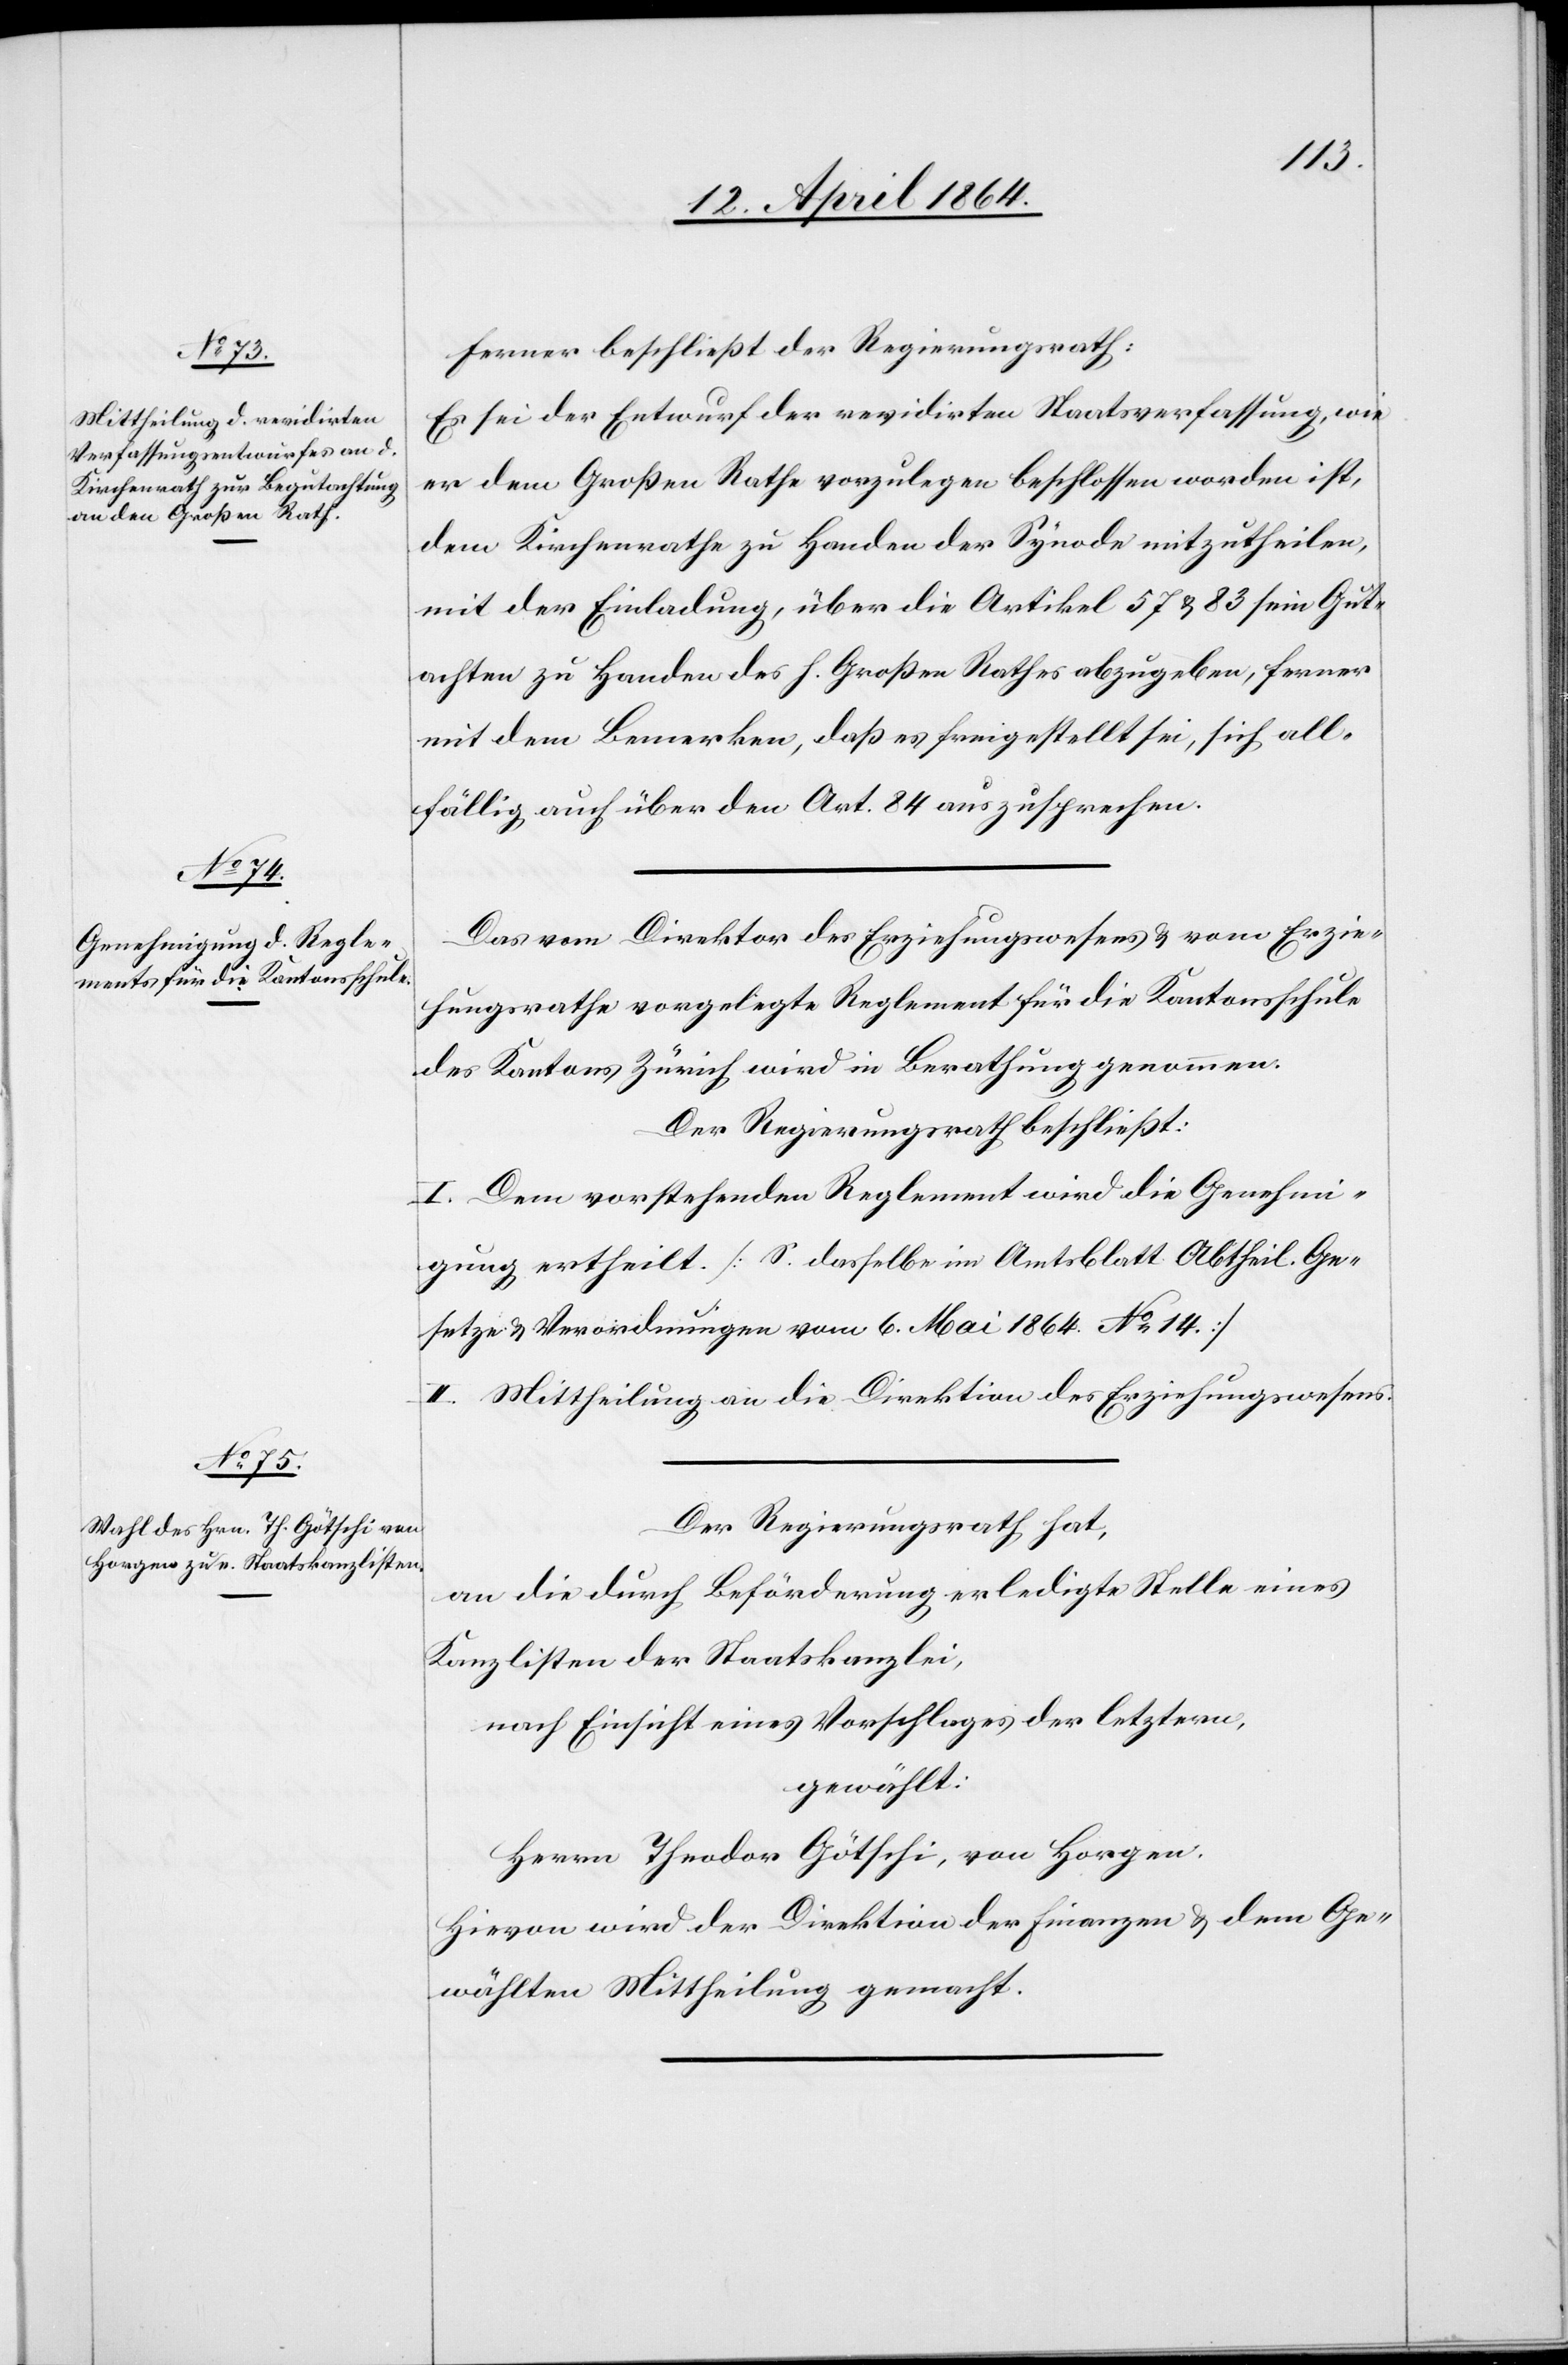
Ferner beschließt der Regierungsrath:
Es sei der Entwurf der revidirten Staatsverfassung, wie
er dem Großen Rathe vorzulegen beschlossen worden ist,
dem Kirchenrathe zu Handen der Synode mitzutheilen,
mit der Einladung, über die Artikel 57 u. 83 sein Gut¬
achten zu Handen des h. Großen Rathes abzugeben, ferner
mit dem Bemerken, daß es freigestellt sei, sich all¬
fällig auch über den Art. 84 auszusprechen.
Das vom Direktor des Erziehungswesens u. vom Erzie¬
hungsrathe vorgelegte Reglement für die Kantonsschule
des Kantons Zürich wird in Berathung genommen.
Der Regierungsrath beschließt:
I. Dem vorstehenden Reglement wird die Genehmi¬
gung ertheilt. [S. dasselbe im Amtsblatt Abtheil. Ge¬
setze u. Verordnungen vom 6. Mai 1864 No 14]
II. Mittheilung an die Direktion des Erziehungswesens.
Der Regierungsrath hat,
an die durch Beförderung erledigte Stelle eines
Kanzlisten der Staatskanzlei,
nach Einsicht eines Vorschlages der letztern,
gewählt:
Herrn Theodor Götschi, von Horgen.
Hievon wird der Direktion der Finanzen u. dem Ge¬
wählten Mittheilung gemacht.